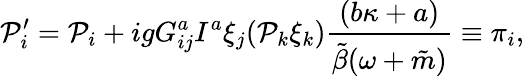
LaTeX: {\cal P}_{i}^{\prime}={\cal P}_{i}+igG_{ij}^{a}I^{a}\xi_{j}({\cal P}_{k}\xi_{k})\frac{(b\kappa+a)}{\tilde{\beta}(\omega+\tilde{m})}\equiv\pi_{i},